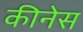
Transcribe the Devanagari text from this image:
कीनेस